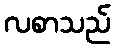
လစာသည်